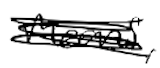
Text: means,
Cross-out: scratch
Writing tool: digital_black